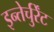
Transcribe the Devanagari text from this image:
इन्तेर्चुर्रेंट